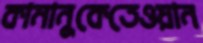
কামানুকেতেওয়ান